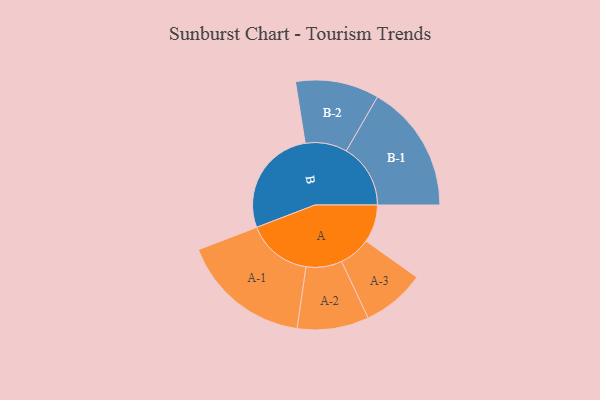
{"axis": {"x": "Segment", "y": "Value"}, "legend": ["", "A", "B"], "data": [{"x": "A", "y": 133, "type": ""}, {"x": "B", "y": 384, "type": ""}, {"x": "A-1", "y": 229, "type": "A"}, {"x": "A-2", "y": 126, "type": "A"}, {"x": "A-3", "y": 111, "type": "A"}, {"x": "B-1", "y": 226, "type": "B"}, {"x": "B-2", "y": 147, "type": "B"}]}